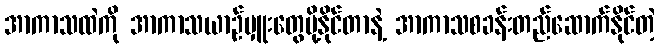
အာကာသထဲကို အာကာသယာဉ်မှူးတွေပို့နိုင်တာနဲ့ အာကာသစခန်းတည်ဆောက်နိုင်တဲ့